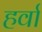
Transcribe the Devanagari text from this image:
हर्वा